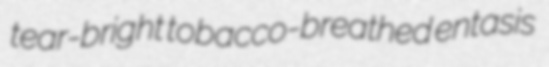
tear-bright tobacco-breathed entasis